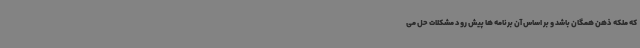
که ملکه ذهن همگان باشد و بر اساس آن برنامه ها پیش رود مشکلات حل می